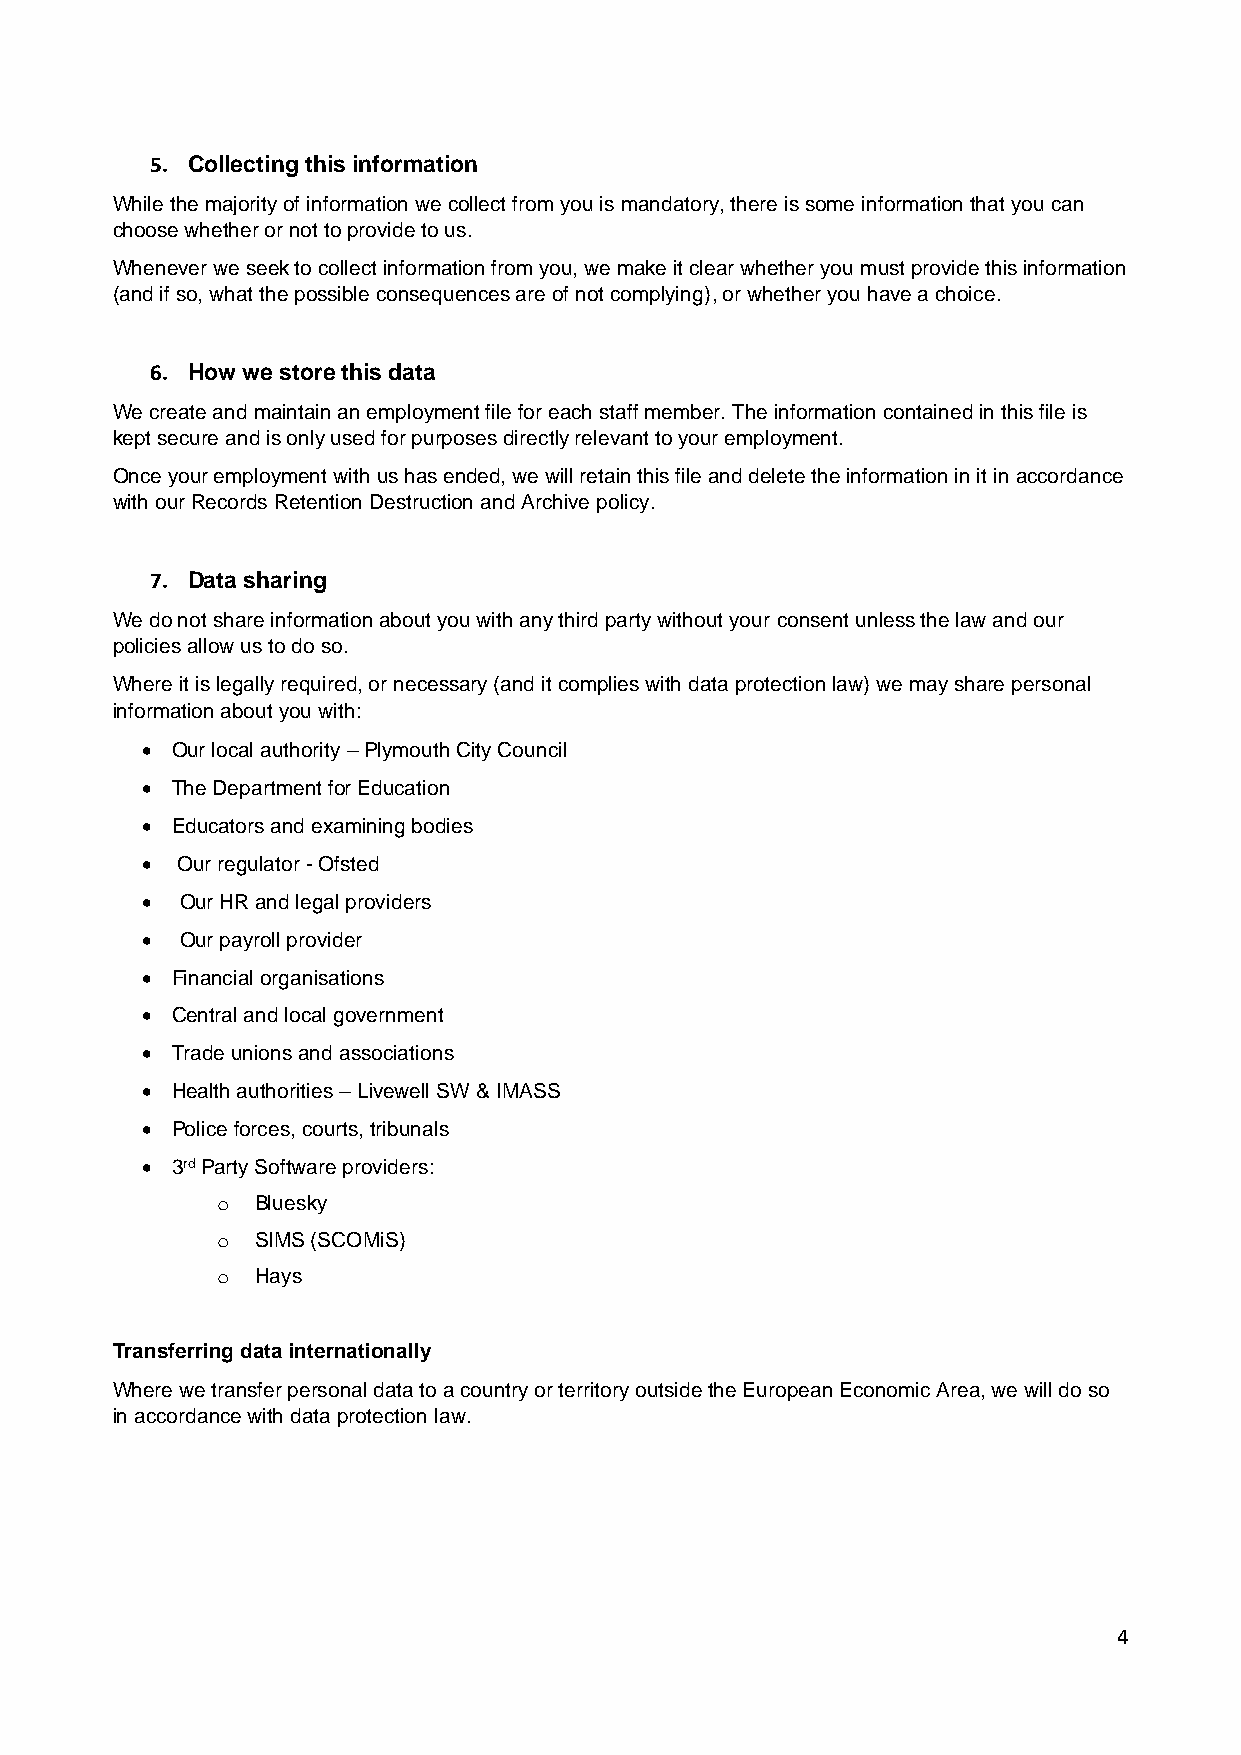
5. Collecting this information
 While the majority of information we collect from you is mandatory, there is some information that you can
 choose whether or not to provide to us.
 Whenever we seek to collect information from you, we make it clear whether you must provide this information
 (and if so, what the possible consequences are of not complying), or whether you have a choice.
 6. How we store this data
 We create and maintain an employment file for each staff member. The information contained in this file is
 kept secure and is only used for purposes directly relevant to your employment.
 Once your employment with us has ended, we will retain this file and delete the information in it in accordance
 with our Records Retention Destruction and Archive policy.
 7. Data sharing
 We do not share information about you with any third party without your consent unless the law and our
 policies allow us to do so.
 Where it is legally required, or necessary (and it complies with data protection law) we may share personal
 information about you with:
 • Our local authority – Plymouth City Council
 • The Department for Education
 • Educators and examining bodies
 •  Our regulator - Ofsted
 •  Our HR and legal providers
 •  Our payroll provider
 • Financial organisations
 • Central and local government
 • Trade unions and associations
 • Health authorities – Livewell SW & IMASS
 • Police forces, courts, tribunals
 • 3rd Party Software providers:
 o  Bluesky
 o  SIMS (SCOMiS)
 o  Hays
 Transferring data internationally
 Where we transfer personal data to a country or territory outside the European Economic Area, we will do so
 in accordance with data protection law.
 4